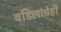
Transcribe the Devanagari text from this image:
वडिलांचेही